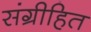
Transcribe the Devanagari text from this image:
संग्रीहित